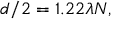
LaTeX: d / 2 = 1 . 2 2 \lambda N ,